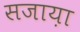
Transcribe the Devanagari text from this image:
सजाय़ा